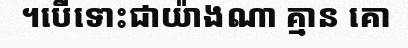
។បើទោះជាយ៉ាងណា គ្មាន គោ